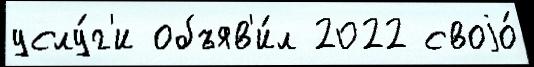
услу́г'и объяв'и́л 2022 своjо́